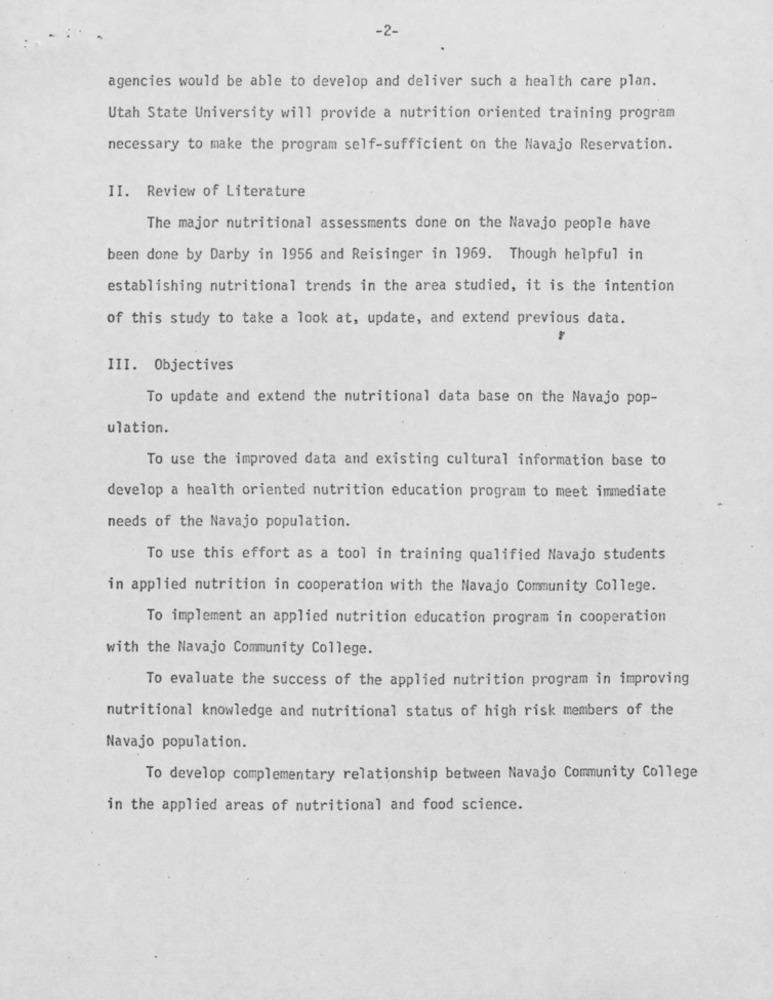
-2-
agencies would be able to develop and deliver such a health care plan.
Utah State University will provide a nutrition oriented training program
necessary to make the program self-sufficient on the Navajo Reservation.
II. Review of Literature
The major nutritional assessments done on the Navajo people have
been done by Darby in 1956 and Reisinger in 1969. Though helpful in
establishing nutritional trends in the area studied, it is the intention
of this study to take a look at, update, and extend previous data.
III. Objectives
To update and extend the nutritional data base on the Navajo pop-
ulation.
To use the improved data and existing cultural information base to
develop a health oriented nutrition education program to meet immediate
needs of the Navajo population.
To use this effort as a tool in training qualified Navajo students
in applied nutrition in cooperation with the Navajo Community College.
To implement an applied nutrition education program in cooperation
with the Navajo Community College.
To evaluate the success of the applied nutrition program in improving
nutritional knowledge and nutritional status of high risk members of the
Navajo population.
To develop complementary relationship between Navajo Community College
in the applied areas of nutritional and food science.